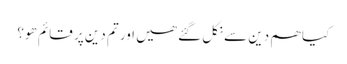
کیا ھم دین سے نکل گئے ھیں اور تم دین پر قائم ھو؟